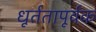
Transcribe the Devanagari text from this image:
धूर्ततापूर्वक